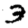
Digit: 3